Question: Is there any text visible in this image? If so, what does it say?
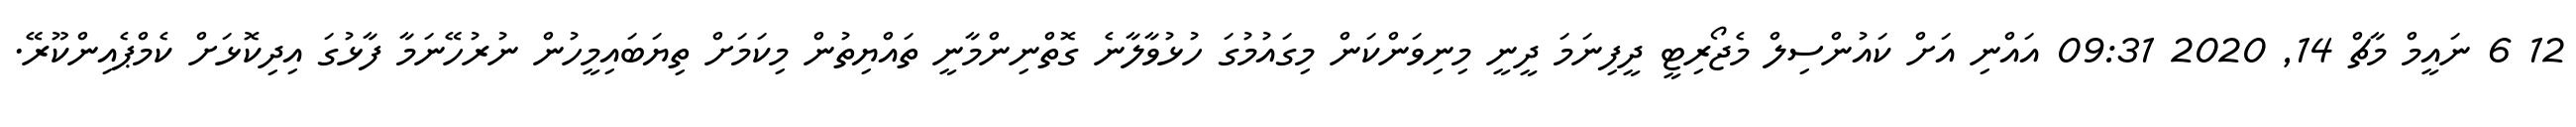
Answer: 12 6 ނައީމް މާޗް 14, 2020 09:31 އައްނި އަށް ކައުންސިލް މެޖޯރިޓީ ދީފިނަމަ ދީނީ މިނިވަންކަން މިގައުމުގަ ހުޅުވާލާނެ ގޮތްނިންމާނީ ތައްޔިތުން މިކަމަށް ތިޔަބައިމީހުން ނުރުހޭނަމާ ފާޅުގަ އިދިކޮޅަށް ކެމްޕެއިންކޫރޭ.